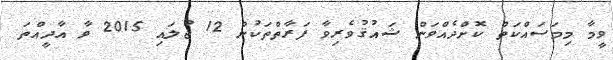
ވީމާ މިމަސައްކަތް ކޮށްދެއްވަން ޝައުޤުވެރިވާ ފަރާތްތަކުން 12 ޖުލައި 2015 ވާ އާދީއްތަ